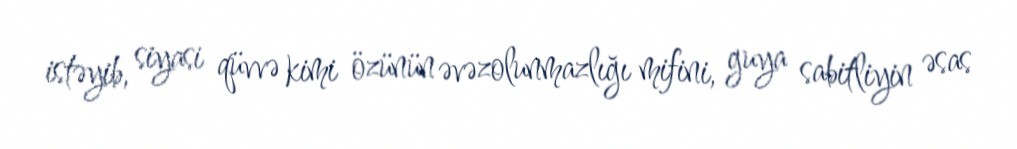
istəyib, siyasi qüvvə kimi özünün əvəzolunmazlığı mifini, guya sabitliyin əsas